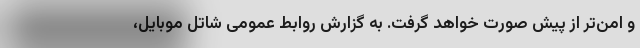
و امن‌تر از پیش صورت خواهد گرفت. به گزارش روابط عمومی شاتل موبایل،